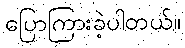
ပြောကြားခဲ့ပါတယ်။